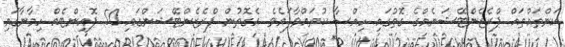
ކަންތައްތައް ޕްރެޒެންޓޭޝަނެއްގެ ގޮތުގައި ހިއްސާ ކުރައްވާފައެވެ. އެގޮތުން ޕްރެޒެންޓޭޝަންގައި 50 ޕޮއިންޓެއް ހިމާނާގައި